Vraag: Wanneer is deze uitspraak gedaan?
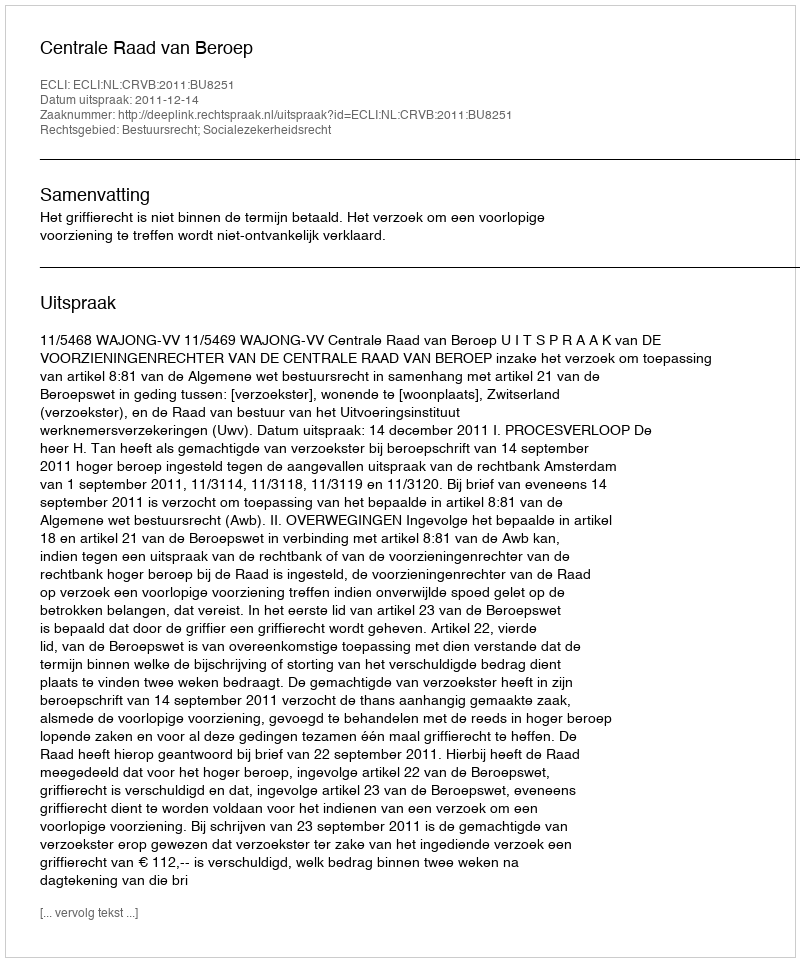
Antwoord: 2011-12-14